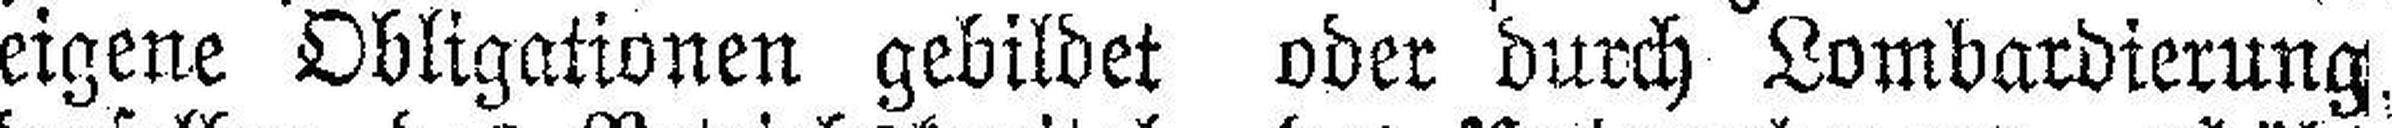
eigene Obligationen gebildet oder durch Lombardierung